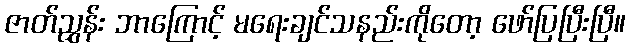
ဇာတ်ညွှန်း ဘာကြောင့် မရေးချင်သနည်းကိုတော့ ဖော်ပြပြီးပြီ။